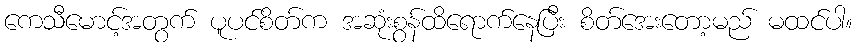
ကေသီမောင့်အတွက် ပူပင်စိတ်က အဆုံးစွန်ထိရောက်နေပြီး စိတ်အေးတော့မည် မထင်ပါ။